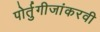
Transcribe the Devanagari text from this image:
पोर्तुगीजांकरवी